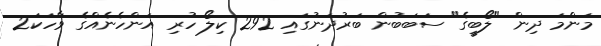
މަންމަ ދިން "ލޯބީގެ" ސަބަބުން ބަރުދަނުގައި 292 ކިލޯ ހުރި އަންހެނެއްގެ ވާހަކަ2